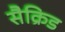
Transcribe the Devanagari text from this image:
सैक्रिड